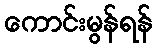
ကောင်းမွန်ရန်